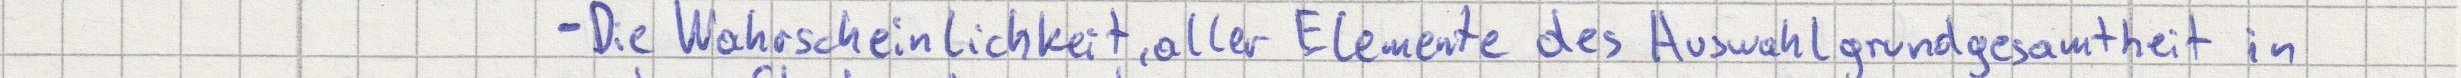
- Die Wahrscheinlichkeit, aller Elemente des Auswahlgrundgesamtheit in